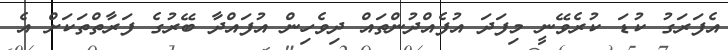
އެފަރަގު ކުޑަ ކުރެވޭނީ މިފަދަ އުފެއްދުންތައް ދިވެހިން އުފައްދާ ބޭރުގެ ފަރާތްތަކަށް އެ